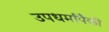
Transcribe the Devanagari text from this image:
उपधर्मांपैकी